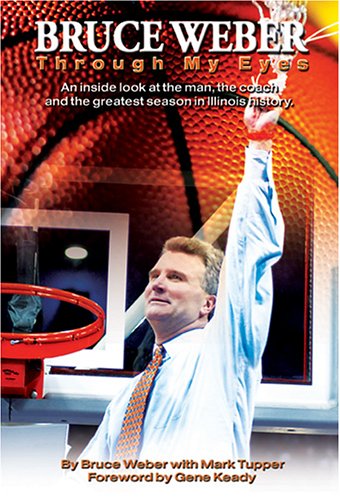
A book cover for Bruce Weber: Through My Eyes An inside look at the man, the coach and the greatest season in Illini history.; Bruce Weber; Sports & Outdoors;